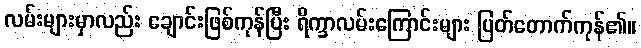
လမ်းများမှာလည်း ချောင်းဖြစ်ကုန်ပြီး ရိက္ခာလမ်းကြောင်းများ ပြတ်တောက်ကုန်၏။